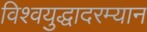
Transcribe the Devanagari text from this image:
विश्वयुद्धादरम्यान